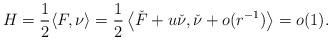
LaTeX: \begin{align*}H = \frac{1}{2}\langle F, \nu\rangle = \frac{1}{2}\left\langle \check{F} + u\check{\nu}, \check{\nu} + o(r^{-1})\right\rangle = o(1).\end{align*}